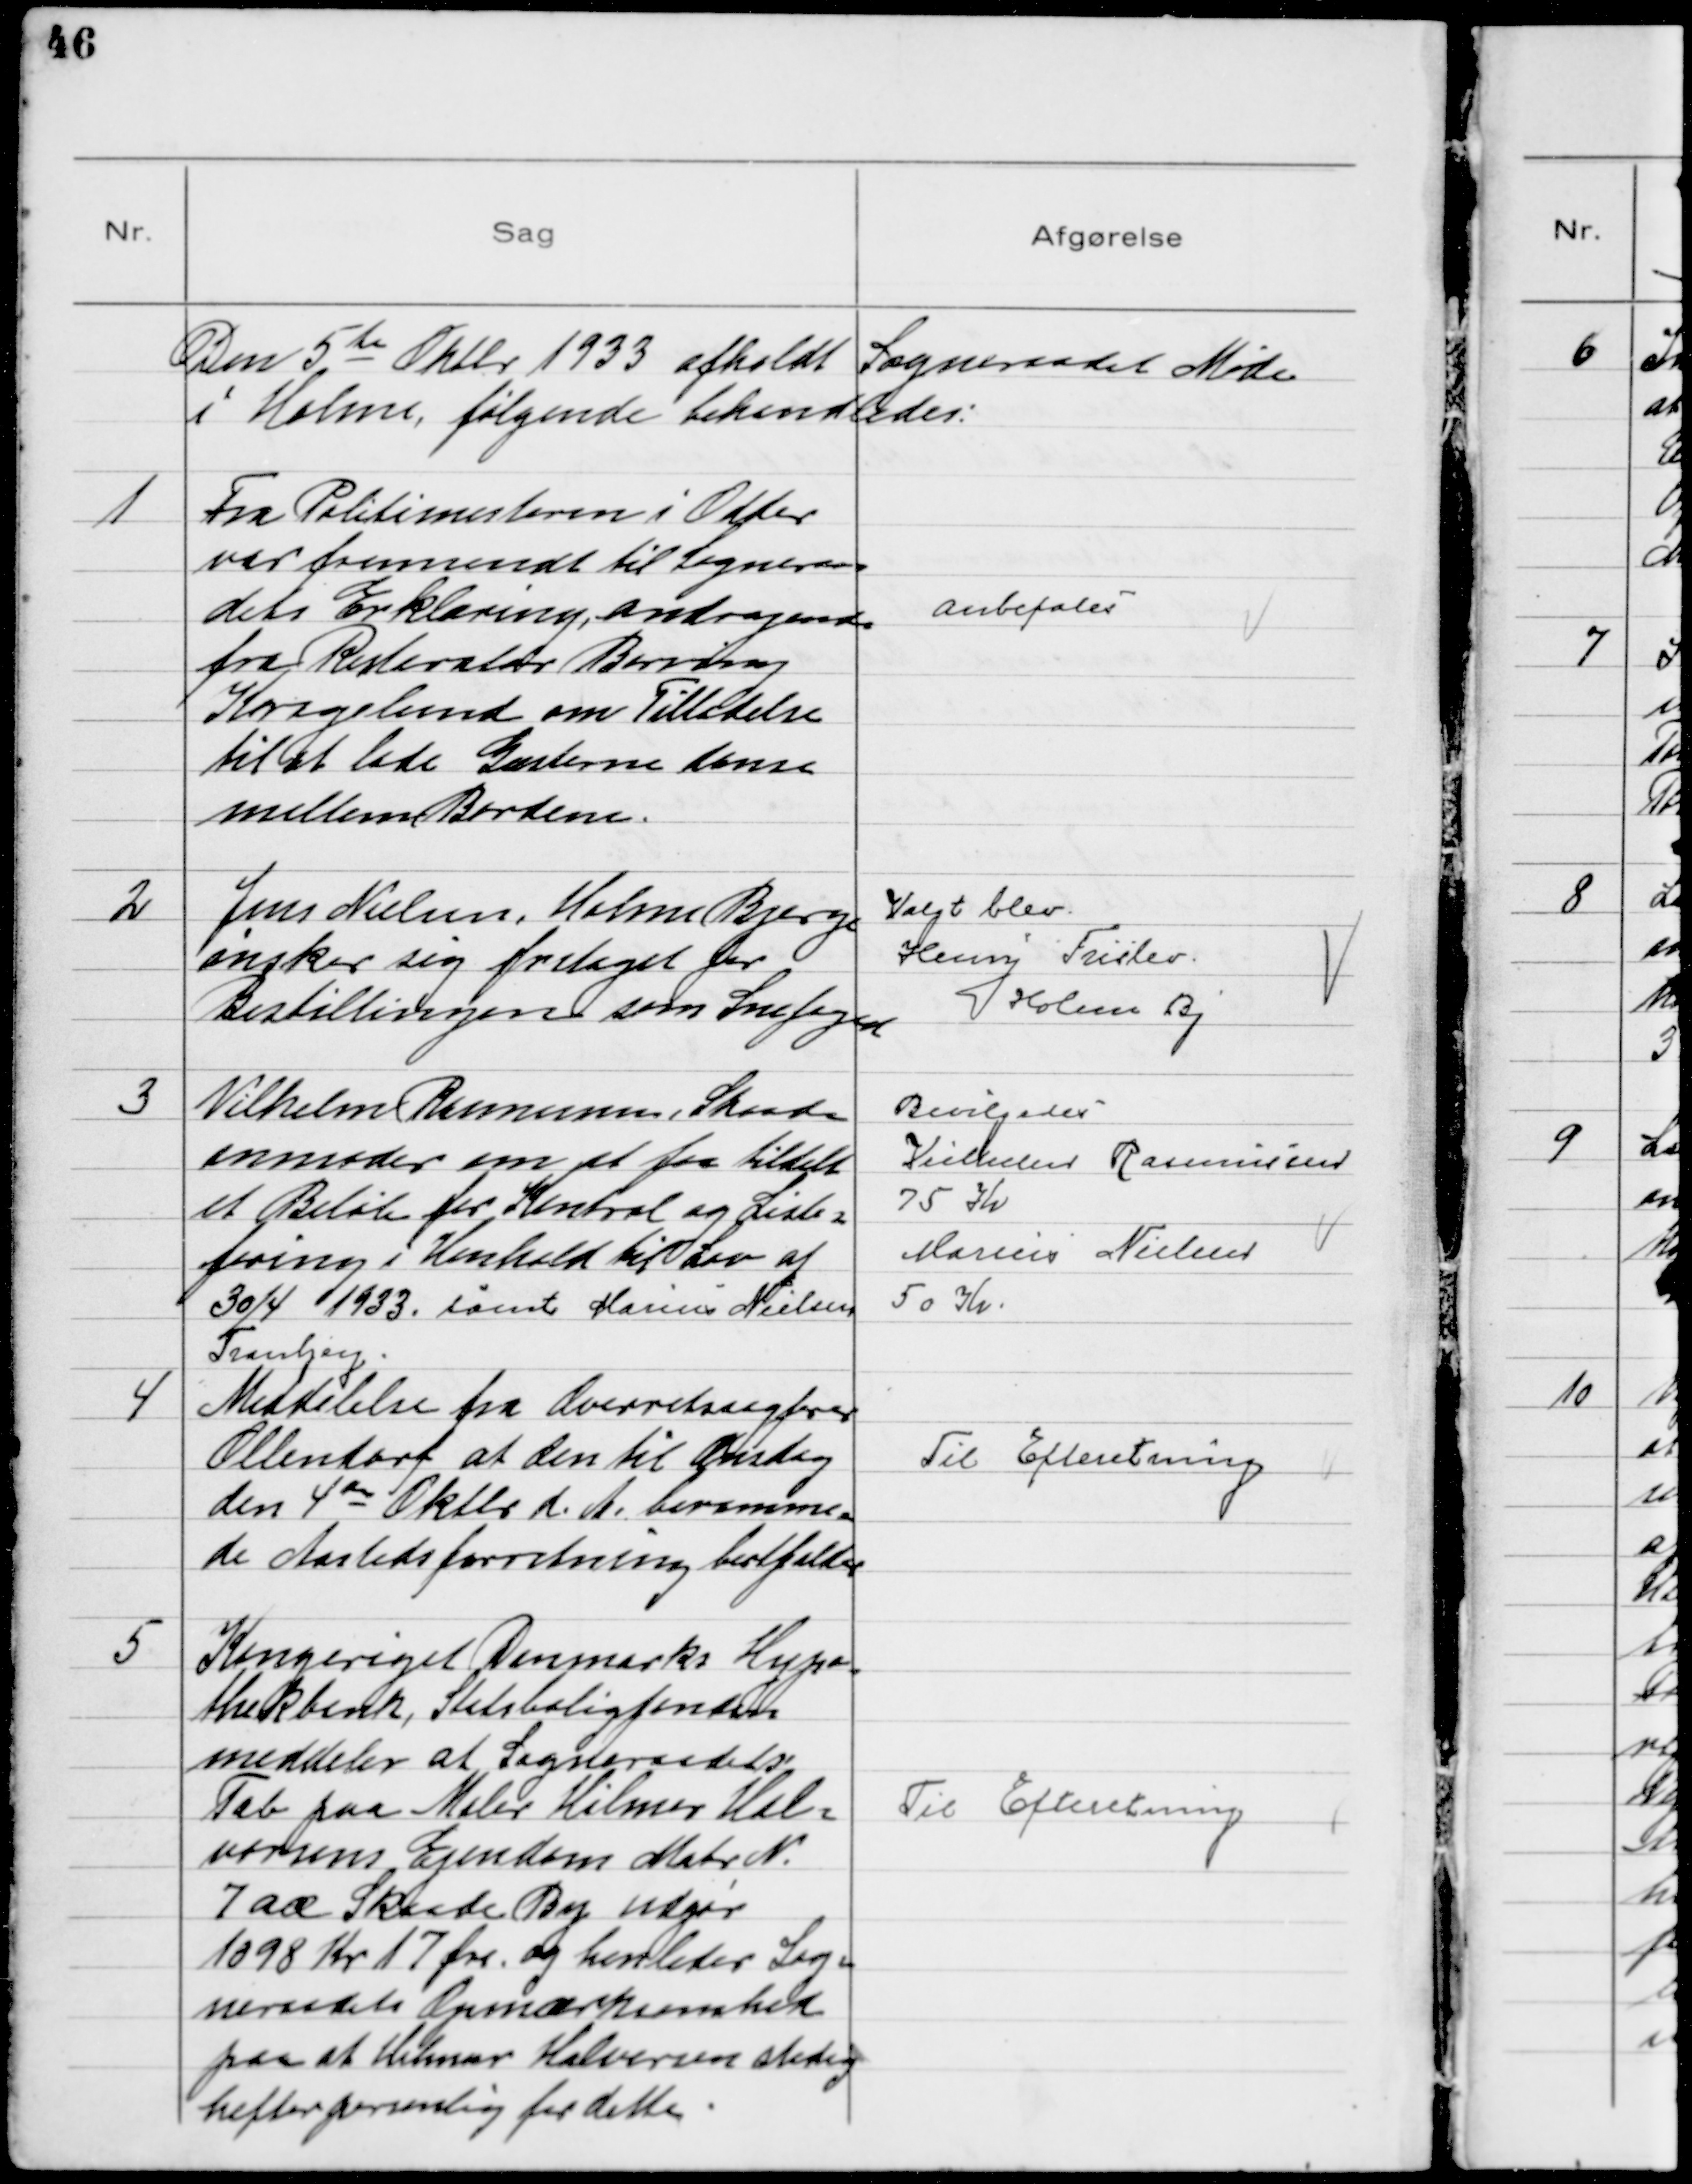
Transskription:
Den 5te Oktbr 1933 afholdt Sogneraadet Møde
i Holme, følgende behandledes:

1
Fra Politmesteren i Odder
var fremsendt til Sogneraa
dets Erklæring, andragende
fra Resteratør Berring
Kragelund om Tilladelse
til at lade Gæsterne danse
mellem Bordene.

Anbefales

2
Jens Nielsen, Holme Bjerge
ønsker sig fritaget for
Bestillingen som Snefoged

Valgt blev
Henry Frislev
Holme By

3
Vilhelm Rasmussen, Skaade
anmoder om at faa tildelt
et Beløb for Kontrol og Liste-
føring i Henhold til Lov af
30/4 1933. samt Marius Nielsen
Tranbjerg.

Bevilgedes
Vilhelm Rasmussen
75 Kr
Marius Nielsen
50 Kr

4
Meddelelse fra Overretssagfører
Ollendorf at den til Onsdag
den 4de Oktbr d.A. beramme-
de Aastedsforretning bortfalder

Til Efteretning

5
Kongeriget Danmarks Hypo
thekbank, Statsboligfonden
meddeler at Sogneraadets
Tab paa Maler Hilmer Hal-
vorsens Ejendom Matr N.
7 aæ Skaade By udgør
1098 Kr 17 Øre og henleder Sog-
neraadets Opmærksomhed
paa at Hilmar Halvorsen stadig
hefter personlig for dette

Til Efteretning